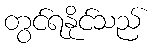
တွင်ရနိုင်သည်